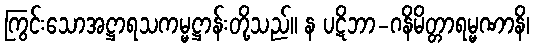
ကြွင်းသောအဋ္ဌာရသကမ္မဋ္ဌာန်းတို့သည်။ န ပဋိဘာ-ဂနိမိတ္တာရမ္မဏာနိ၊